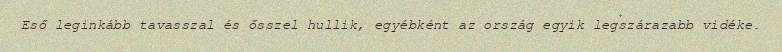
Eső leginkább tavasszal és ősszel hullik, egyébként az ország egyik legszárazabb vidéke.